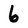
Character: 6